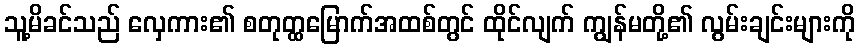
သူ့မိခင်သည် လှေကား၏ စတုတ္ထမြောက်အထစ်တွင် ထိုင်လျက် ကျွန်မတို့၏ လွမ်းချင်းများကို